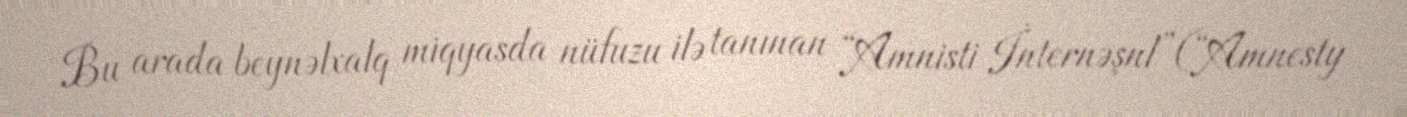
Bu arada beynəlxalq miqyasda nüfuzu ilə tanınan “Amnisti İnternəşnl”(“Amnesty